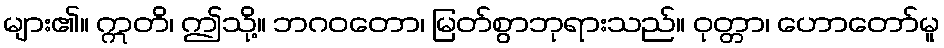
များ၏။ ဣတိ၊ ဤသို့။ ဘဂဝတော၊ မြတ်စွာဘုရားသည်။ ဝုတ္တာ၊ ဟောတော်မူ